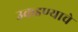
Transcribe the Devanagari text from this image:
उकडण्याचे